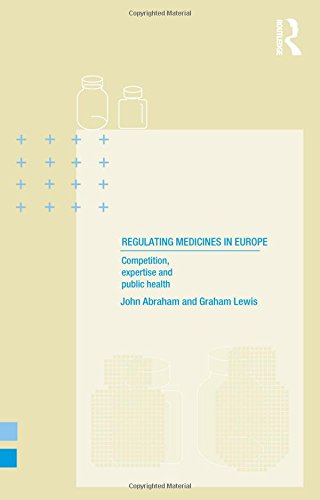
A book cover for Regulating Medicines in Europe: Competition, Expertise and Public Health; John Abraham; Medical Books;